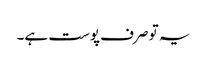
یہ تو صرف پوست ہے۔